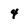
Character: 4